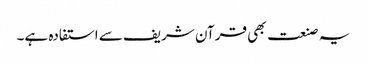
یہ صنعت بھی قرآن شریف سے استفادہ ہے۔